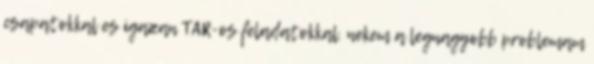
csapatokkal es igazan TAR-os feladatokkal. nekem a legnagyobb problemam